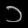
Digit: ၁